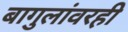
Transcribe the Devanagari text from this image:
बागुलांवरही